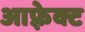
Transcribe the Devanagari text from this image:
आफ़्रेक्ट